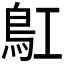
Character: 𩾬